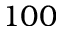
1 0 0